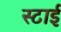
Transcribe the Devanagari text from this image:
स्टाई